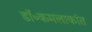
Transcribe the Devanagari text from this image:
डॉ॰कमलाकांत